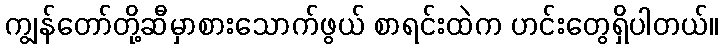
ကျွန်တော်တို့ဆီမှာစားသောက်ဖွယ် စာရင်းထဲက ဟင်းတွေရှိပါတယ်။